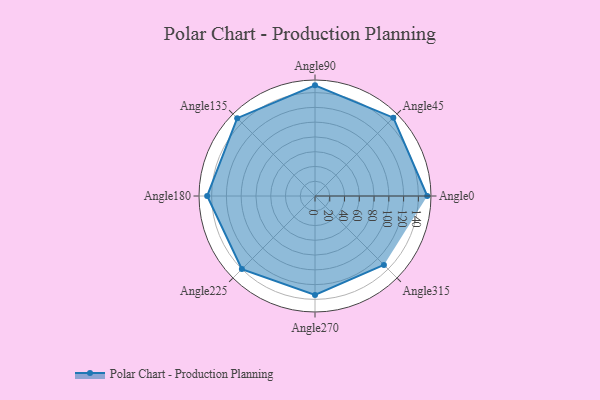
{"axis": {"x": "Angle", "y": "Radius"}, "legend": [""], "data": [{"x": "Angle0", "y": 152.0, "type": ""}, {"x": "Angle45", "y": 150.0, "type": ""}, {"x": "Angle90", "y": 150.0, "type": ""}, {"x": "Angle135", "y": 149.0, "type": ""}, {"x": "Angle180", "y": 146.0, "type": ""}, {"x": "Angle225", "y": 140.0, "type": ""}, {"x": "Angle270", "y": 134.0, "type": ""}, {"x": "Angle315", "y": 132.0, "type": ""}]}